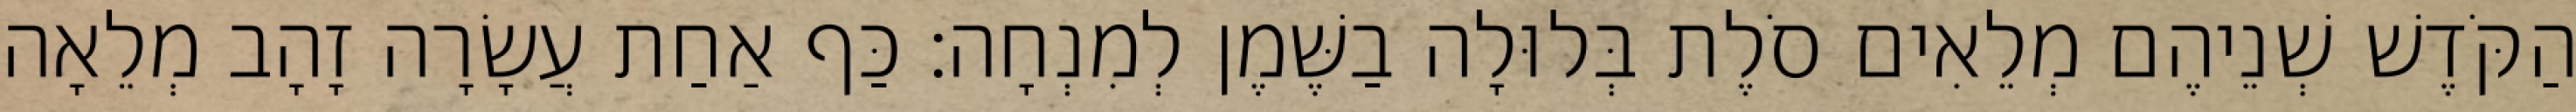
הַקֹּדֶשׁ שְׁנֵיהֶם מְלֵאִים סֹלֶת בְּלוּלָה בַשֶּׁמֶן לְמִנְחָה׃ כַּף אַחַת עֲשָׂרָה זָהָב מְלֵאָה